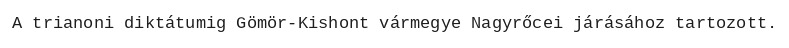
A trianoni diktátumig Gömör-Kishont vármegye Nagyrőcei járásához tartozott.